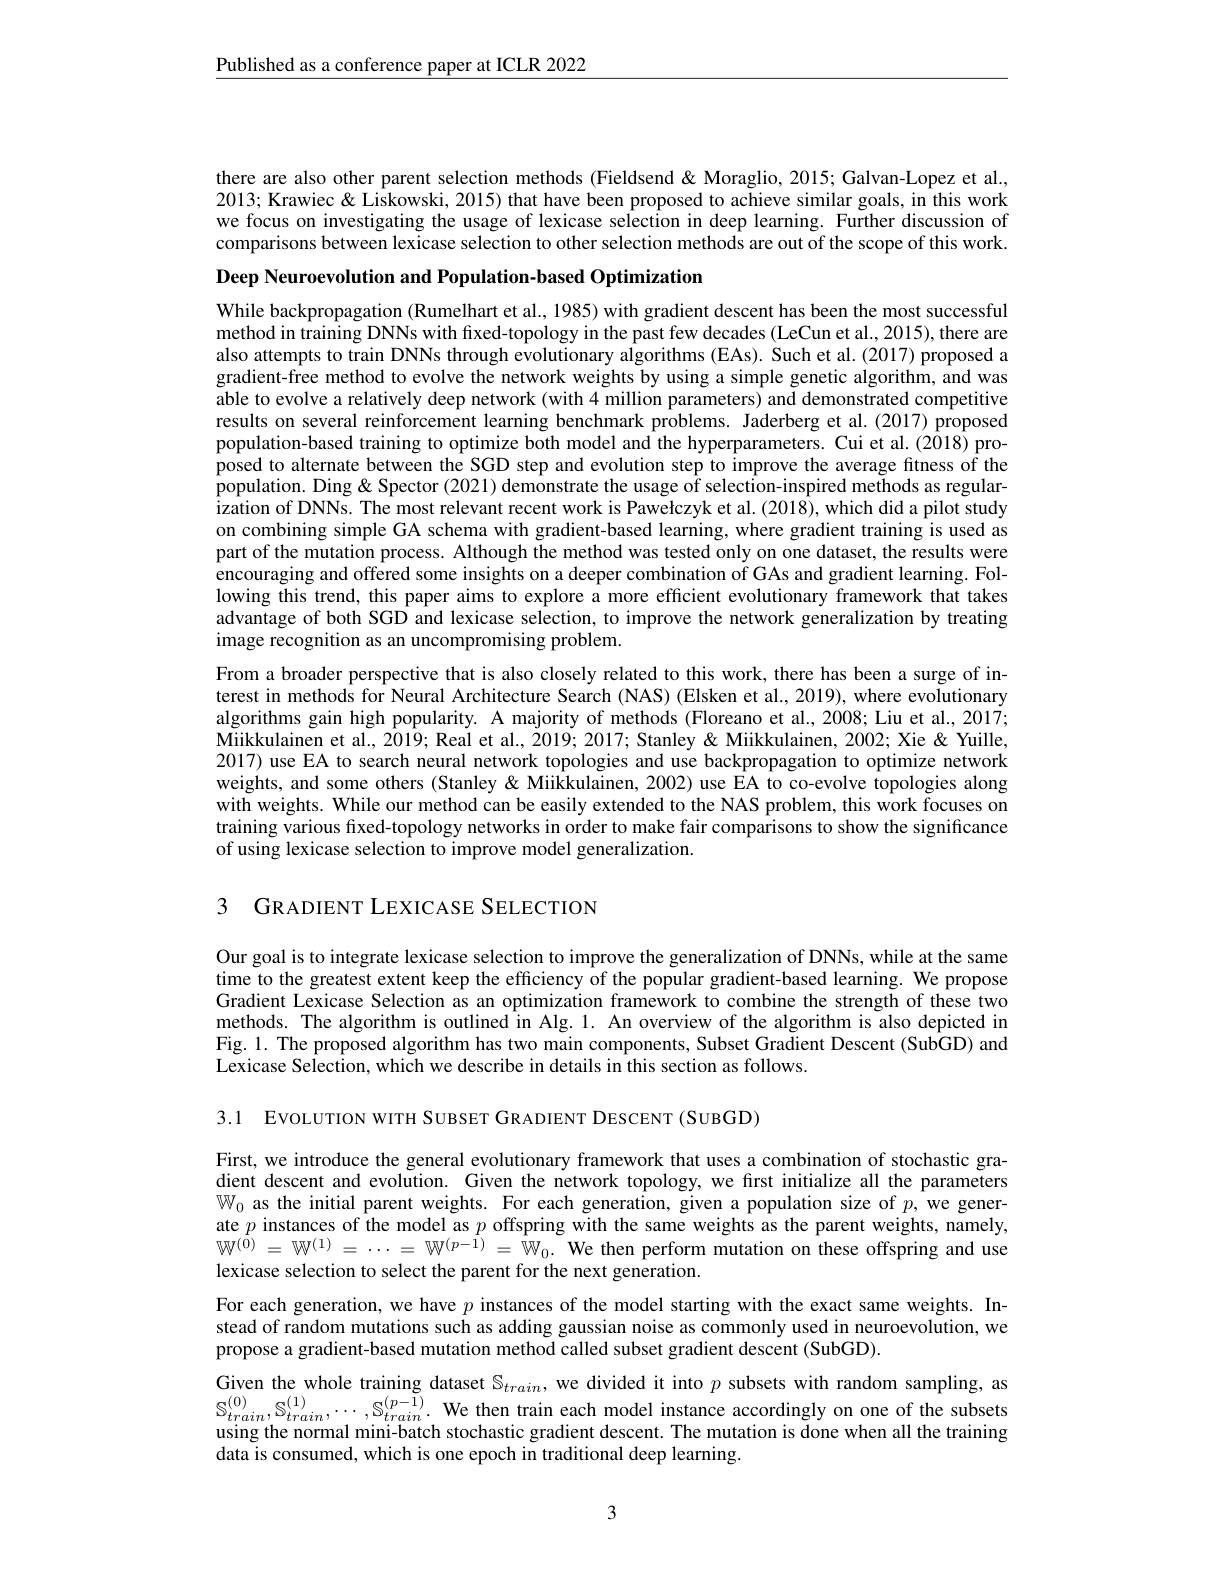
Published as a conference paper at ICLR 2022

there are also other parent selection methods (Fieldsend&Moraglio, 2015; Galvan-Lopez et al., 2013; Krawiec& Liskowski, 2015) that have been proposed to achieve similar goals, in this work we focus on investigating the usage of lexicase selection in deep learning. Further discussion of comparisons between lexicase selection to other selection methods are out of the scope of this work.

Deep Neuroevolution and Population-based Optimization
While backpropagation (Rumelhart et al., 1985) with gradient descent has been the most successful method in training DNNs with fxed-topology in the past few decades (LeCun et al., 2015), there are also attempts to train DNNs through evolutionary algorithms (EAs). Such et al.(2017) proposed a gradient-free method to evolve the network weights by using a simple genetic algorithm, and was able to evolve a relatively deep network (with 4 million parameters) and demonstrated competitive results on several reinforcement learning benchmark problems. Jaderberg et al.(2017) proposed population-based training to optimize both model and the hyperparameters. Cui et al.(2018) proposed to alternate between the SGD step and evolution step to improve the average fitness of the population. Ding& Spector (2021) demonstrate the usage of selection-inspired methods as regularization of DNNs. The most relevant recent work is Pawełczyk et al. (2018), which did a pilot study on combining simple GA schema with gradient-based learning, where gradient training is used as part of the mutation process. Although the method was tested only on one dataset, the results were encouraging and offered some insights on a deeper combination of GAs and gradient learning. Following this trend, this paper aims to explore a more effcient evolutionary framework that takes advantage of both SGD and lexicase selection, to improve the network generalization by treating image recognition as an uncompromising problem.
From a broader perspective that is also closely related to this work, there has been a surge of interest in methods for Neural Architecture Search (NAS) (Elsken et al., 2019), where evolutionary algorithms gain high popularity. A majority of methods (Floreano et al., 2008; Liu et al., 2017; Miikkulainen et al., 2019; Real et al., 2019; 2017; Stanley & Miikkulainen, 2002; Xie & Yuille, 2017) use EA to search neural network topologies and use backpropagation to optimize network weights, and some others (Stanley&Miikkulainen, 2002) use EA to co-evolve topologies along with weights. While our method can be easily extended to the NAS problem, this work focuses on training various fixed-topology networks in order to make fair comparisons to show the significance of using lexicase selection to improve model generalization.

3 GRADIENT LEXICASE SELECTION

Our goal is to integrate lexicase selection to improve the generalization of DNNs, while at the same time to the greatest extent keep the efficiency of the popular gradient-based learning. We propose Gradient Lexicase Selection as an optimization framework to combine the strength of these two methods. The algorithm is outlined in Alg. 1. An overview of the algorithm is also depicted in Fig. 1. The proposed algorithm has two main components, Subset Gradient Descent (SubGD) and Lexicase Selection, which we describe in details in this section as follows.

3.1 EVOLUTION WITH SUBSET GRADIENT DESCENT (SUBGD)

First, we introduce the general evolutionary framework that uses a combination of stochastic gradient descent and evolution. Given the network topology, we first initialize all the parameters $\mathbb{W}_0$ as the initial parent weights. For each generation, given a population size of $p$,we generate $p$ instances of the model as $p$ offspring with the same weights as the parent weights, namely, $W^{(0)}=W^{(1)}=\cdots=W^{(p-1)}=W_0.$ We then perform mutation on these offspring and use lexicase selection to select the parent for the next generation.
For each generation, we have $p$ instances of the model starting with the exact same weights. Instead of random mutations such as adding gaussian noise as commonly used in neuroevolution, we propose a gradient-based mutation method called subset gradient descent (SubGD).
Given the whole training dataset $\mathbb{S}_train$, we divided it into $p$ subsets with random sampling, as $\mathbb{S}_{train}^{(0)},\mathbb{S}_{train}^{(1)},\cdots,\mathbb{S}_{train}^{(p-1)}.$ We then train each model instance accordingly on one of the subsets using the normal mini-batch stochastic gradient descent. The mutation is done when all the training data is consumed, which is one epoch in traditional deep learning.

3